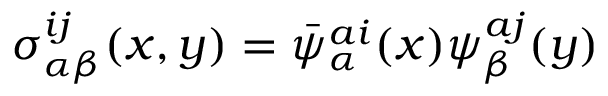
\sigma _ { \alpha \beta } ^ { i j } ( x , y ) = \bar { \psi } _ { \alpha } ^ { a i } ( x ) \psi _ { \beta } ^ { a j } ( y )